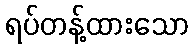
ရပ်တန့်ထားသော